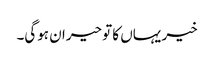
خیر یہاں کا تو حیران ہوگی۔